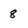
Character: 8